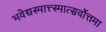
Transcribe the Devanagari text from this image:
भवेद्यस्मात्त्स्मात्सर्वोत्तमा